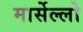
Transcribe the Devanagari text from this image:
मार्सेल्लो